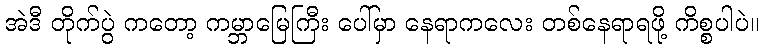
အဲဒီ တိုက်ပွဲ ကတော့ ကမ္ဘာမြေကြီး ပေါ်မှာ နေရာကလေး တစ်နေရာရဖို့ ကိစ္စပါပဲ။